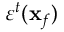
\varepsilon ^ { t } ( \mathbf { x } _ { f } )